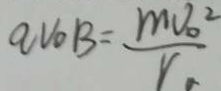
a V o B = \frac { m v _ { 0 } ^ { 2 } } { r }